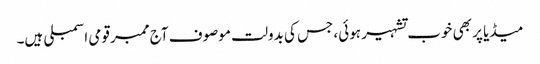
میڈیا پر بھی خوب تشہیر ہوئی، جس کی بدولت موصوف آج ممبر قومی اسمبلی ہیں۔